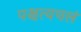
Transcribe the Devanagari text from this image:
पश्चत्यचलं